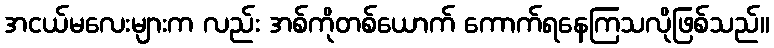
အငယ်မလေးများက လည်း အစ်ကိုတစ်ယောက် ကောက်ရနေကြသလိုဖြစ်သည်။